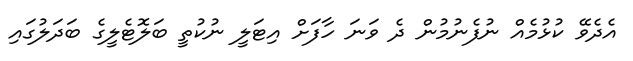
އެދެވޭ ކުޅުމެއް ނުފެނުމުން ދެ ވަނަ ހާފަށް އިޓަލީ ނުކުތީ ބަލޮޓެލީގެ ބަދަލުގައި